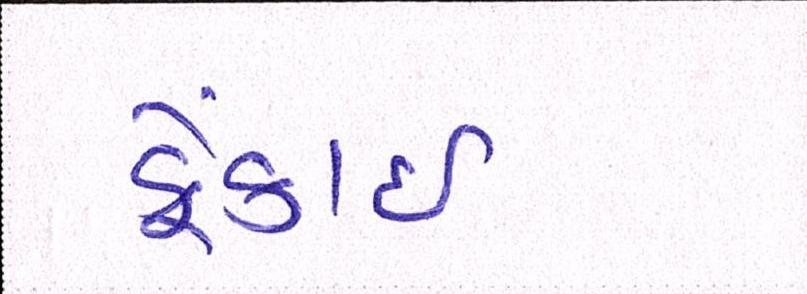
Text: ફેંકાઈ